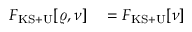
\begin{array} { r l } { { \cal F } _ { \mathrm { K S + U } } [ \varrho , \nu ] } & { { } = F _ { \mathrm { K S + U } } [ \nu ] } \end{array}